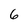
Character: 6